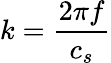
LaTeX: k=\frac{2\pi f}{c_{s}}